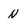
Character: n